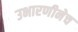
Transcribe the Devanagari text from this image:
उभारणीनेच